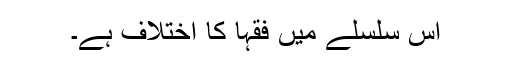
اس سلسلے میں فقہا کا اختلاف ہے۔